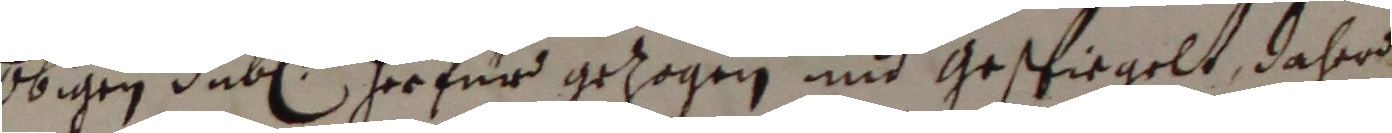
obigen duben herfür gezogen und gespiegelt, daher